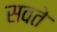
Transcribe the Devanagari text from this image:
सवते